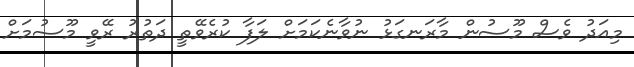
މިއަދު ވެސް މޫސުން މާރަނގަޅު ނުވާނެކަމަށް ލަފާ ކުރެވޭތީ ދަތުރު ރޭވީ މޫސުމަށް